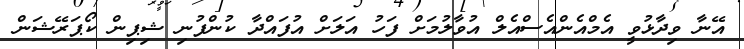
އޭނާ ވިދާޅުވީ އެމްއެންއެސްއެލް އުވާލުމަށް ފަހު އަލަށް އުފައްދާ ކުންފުނި ޝިޕިން ކޯޕަރޭޝަން